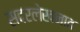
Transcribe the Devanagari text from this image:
सदरलेखनात